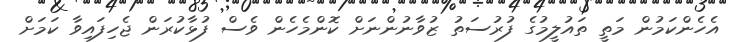
އެހެންކަމުން މަތީ ތައުލީމުގެ ފުރުސަތު ޒުވާނުންނަށް ކޮންމެހެން ވެސް ފުޅާކުރަން ޖެހިފައިވާ ކަމަށް